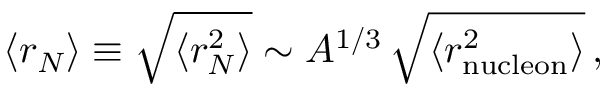
\left< r _ { N } \right> \equiv \sqrt { \langle r _ { N } ^ { 2 } \rangle } \sim A ^ { 1 / 3 } \, \sqrt { \langle r _ { \mathrm { n u c l e o n } } ^ { 2 } \rangle } \, ,